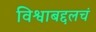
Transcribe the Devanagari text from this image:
विश्वाबद्दलचं